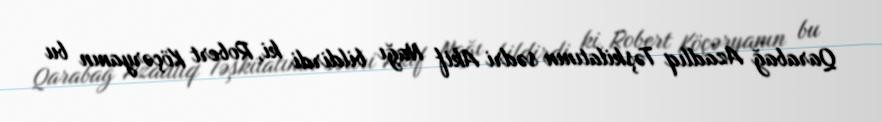
Qarabağ Azadlıq Təşkilatının sədri Akif Nağı bildirdi ki, Robert Köçəryanın bu